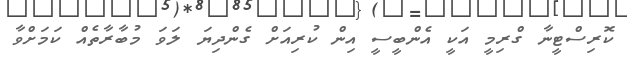
ކޮރިސްޓީނާ ގްރިމީ އަކީ އެންބީސީ އިން ކުރިއަށް ގެންދިޔަ ލަވަ މުބާރާތެއް ކަމަށްވާ